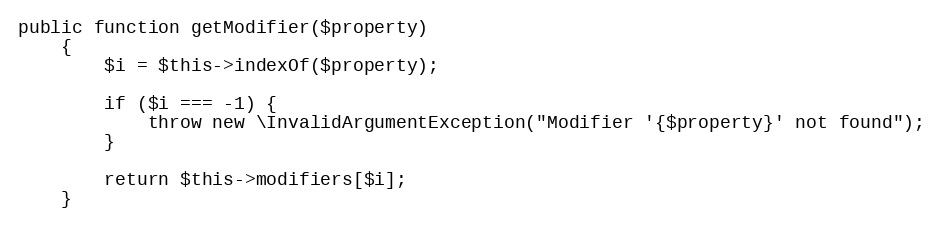
Language: PHP
public function getModifier($property)
    {
        $i = $this->indexOf($property);

        if ($i === -1) {
            throw new \InvalidArgumentException("Modifier '{$property}' not found");
        }

        return $this->modifiers[$i];
    }